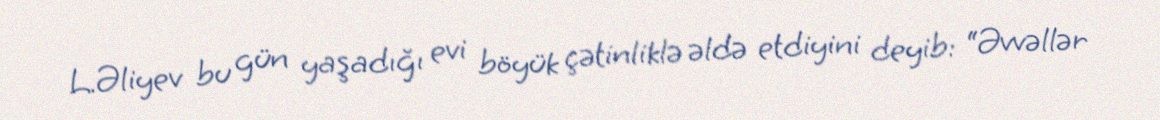
L.Əliyev bu gün yaşadığı evi böyük çətinliklə əldə etdiyini deyib: “Əvvəllər